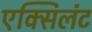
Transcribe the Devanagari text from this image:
एक्सिलंट